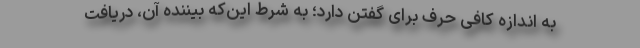
به اندازه کافی حرف برای گفتن دارد؛ به شرط این‌که بیننده آن، دریافت